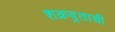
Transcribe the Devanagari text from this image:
शक्रव्रताची